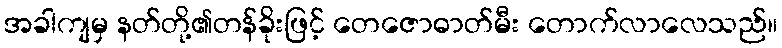
အခါကျမှ နတ်တို့၏တန်ခိုးဖြင့် တေဇောဓာတ်မီး တောက်လာလေသည်။